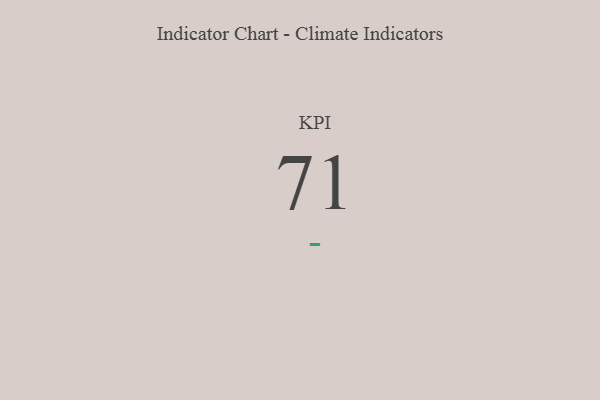
{"axis": {"x": "KPI", "y": "Value"}, "legend": [""], "data": [{"x": "KPI", "y": 71, "type": ""}]}